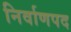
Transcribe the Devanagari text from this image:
निर्वाणपद